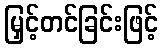
မြှင့်တင်ခြင်းဖြင့်